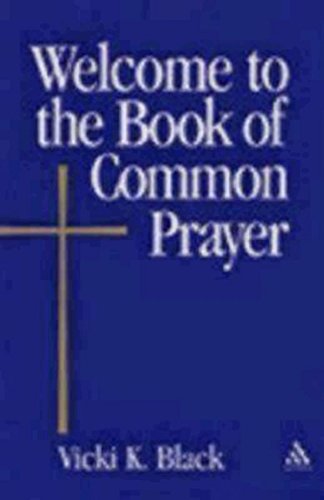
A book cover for Welcome to the Book of Common Prayer (Welcome to the Episcopal Church); Vicki K. Black; Christian Books & Bibles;